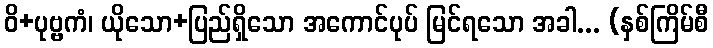
ဝိ+ပုဗ္ဗကံ၊ ယိုသော+ပြည်ရှိသော အကောင်ပုပ် မြင်ရသော အခါ... (နှစ်ကြိမ်စီ